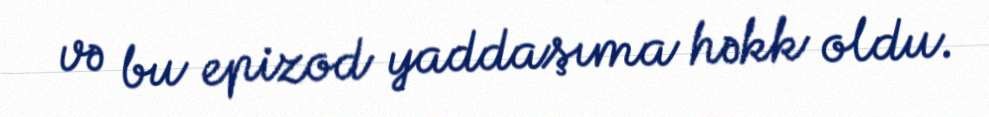
və bu epizod yaddaşıma həkk oldu.